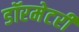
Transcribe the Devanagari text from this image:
डॉरमेटरी